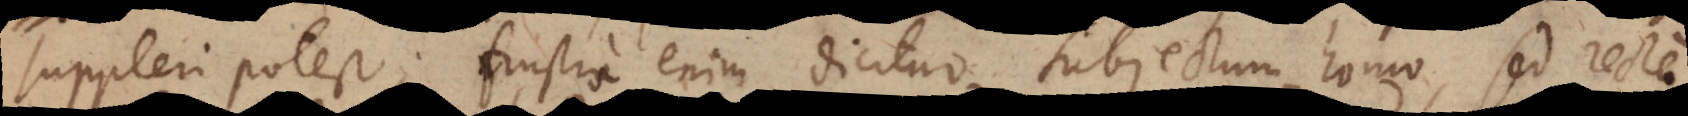
suppleri potest; frustra enim dicitur, subjectum homo, sed recte